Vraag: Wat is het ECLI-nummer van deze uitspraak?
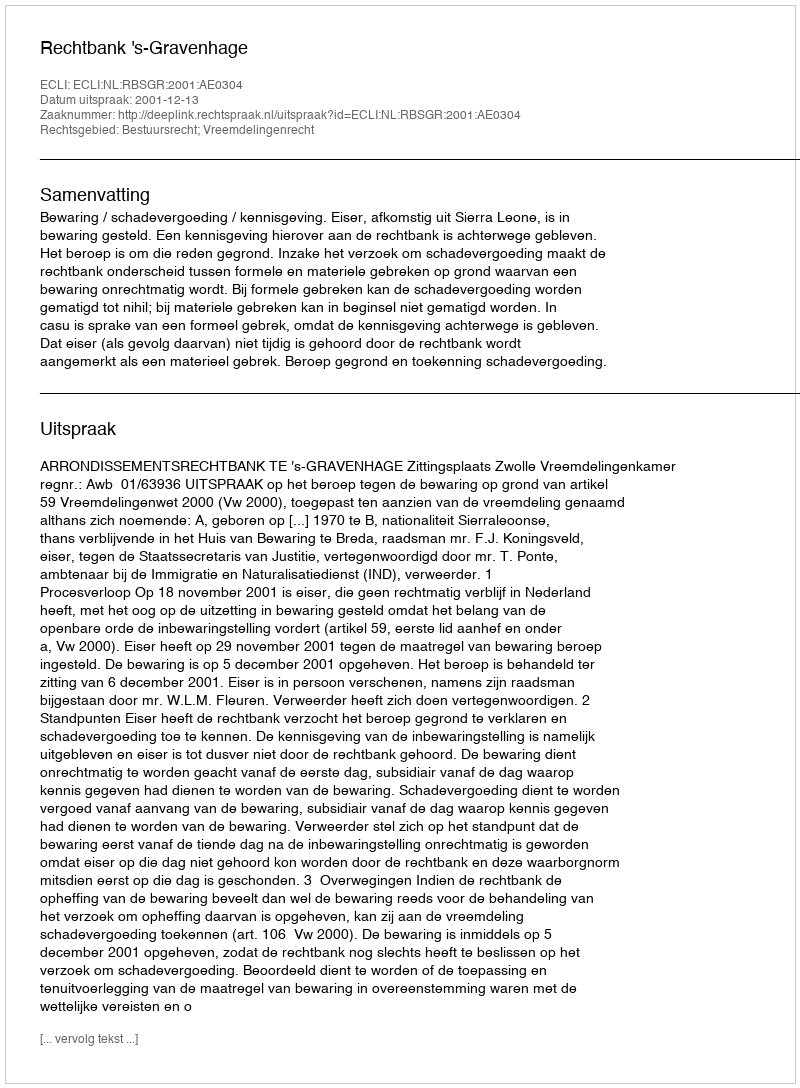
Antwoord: ECLI:NL:RBSGR:2001:AE0304